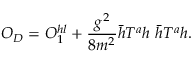
O _ { D } = O _ { 1 } ^ { h l } + \frac { g ^ { 2 } } { 8 m ^ { 2 } } \bar { h } T ^ { a } h \ \bar { h } T ^ { a } h .